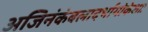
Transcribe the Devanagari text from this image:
अजिनंकंबलादर्भागोकेशाः